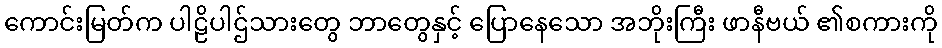
ကောင်းမြတ်က ပါဠိပါဌ်သားတွေ ဘာတွေနှင့် ပြောနေသော အဘိုးကြီး ဖာနီဗယ် ၏စကားကို